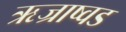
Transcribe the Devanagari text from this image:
ऋज्राष्वड